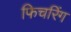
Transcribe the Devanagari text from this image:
फिचरिंग